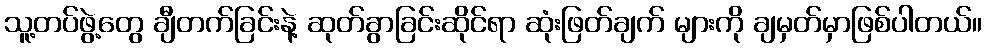
သူ့တပ်ဖွဲ့တွေ ချီတက်ခြင်းနဲ့ ဆုတ်ခွာခြင်းဆိုင်ရာ ဆုံးဖြတ်ချက် များကို ချမှတ်မှာဖြစ်ပါတယ်။